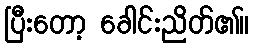
ပြီးတော့ ခေါင်းညိတ်၏။